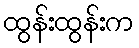
ထွန်းထွန်းက